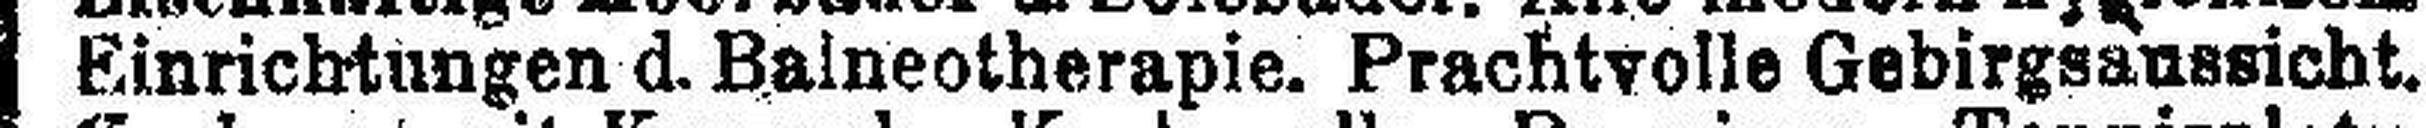
Einrichtungen d. Balneotherapie. Prachtvolle Gebirgsaussicht.